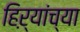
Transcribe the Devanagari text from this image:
हिऱ्यांच्या